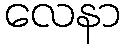
လေနာ